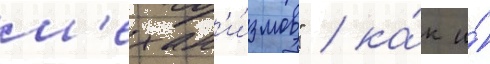
м'ехан'и́змов" / ка́к и́